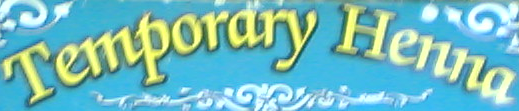
Temporary Henna